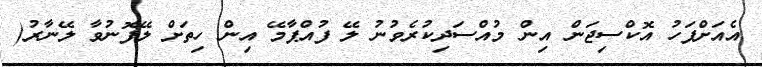
އެއަށްފަހު އޮކްސިޖަން އިން މުއްސަދިކުރެވުނު ލޭ ފުއްޕާމޭ އިން ހިތަށް ލޭފޮނުވާ ލޭނާރު(